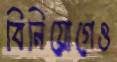
বিনিয়োগেও